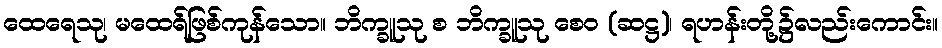
ထေရေသု၊ မထေရ်ဖြစ်ကုန်သော။ ဘိက္ခူသု စ ဘိက္ခူသု စေဝ (ဆဋ္ဌ)၊ ရဟန်းတို့၌လည်းကောင်း။